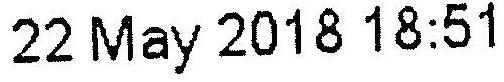
22 MAY 2018 18:51